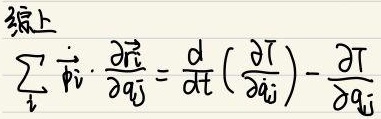
综上，\(\sum_{i} \dot{\vec{p}}_{i} \cdot \frac{\partial \vec{r}_{i}}{\partial q_{j}}=\frac{d}{d t}\left(\frac{\partial T}{\partial \dot{q}_{j}}\right)-\frac{\partial T}{\partial q_{j}}\)